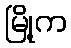
မြို့က